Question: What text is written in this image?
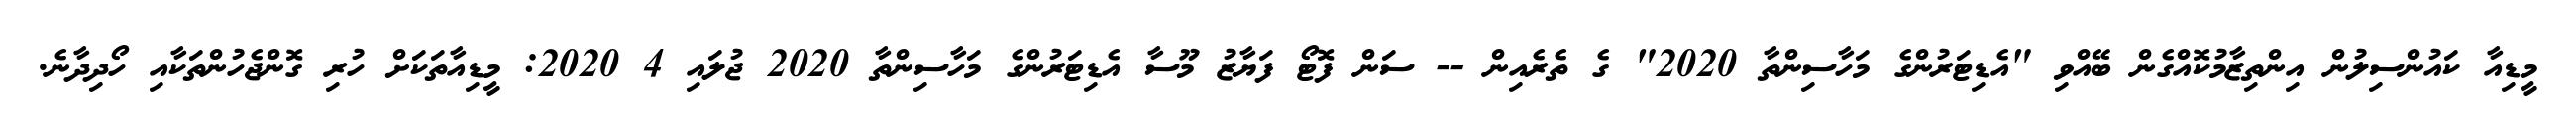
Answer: މީޑިއާ ކައުންސިލުން އިންތިޒާމުކޮއްގެން ބޭއްވި "އެޑިޓަރުންގެ މަހާސިންތާ 2020" ގެ ތެރެއިން -- ސަން ފޮޓޯ ފަޔާޒު މޫސާ އެޑިޓަރުންގެ މަހާސިންތާ 2020 ޖުލައި 4 2020: މީޑިއާތަކަށް ހުރި ގޮންޖެހުންތަކާއި ހޯދިދާނެ.